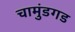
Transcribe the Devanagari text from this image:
चामुंडगड